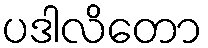
ပဒါလိတော